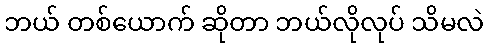
ဘယ် တစ်ယောက် ဆိုတာ ဘယ်လိုလုပ် သိမလဲ